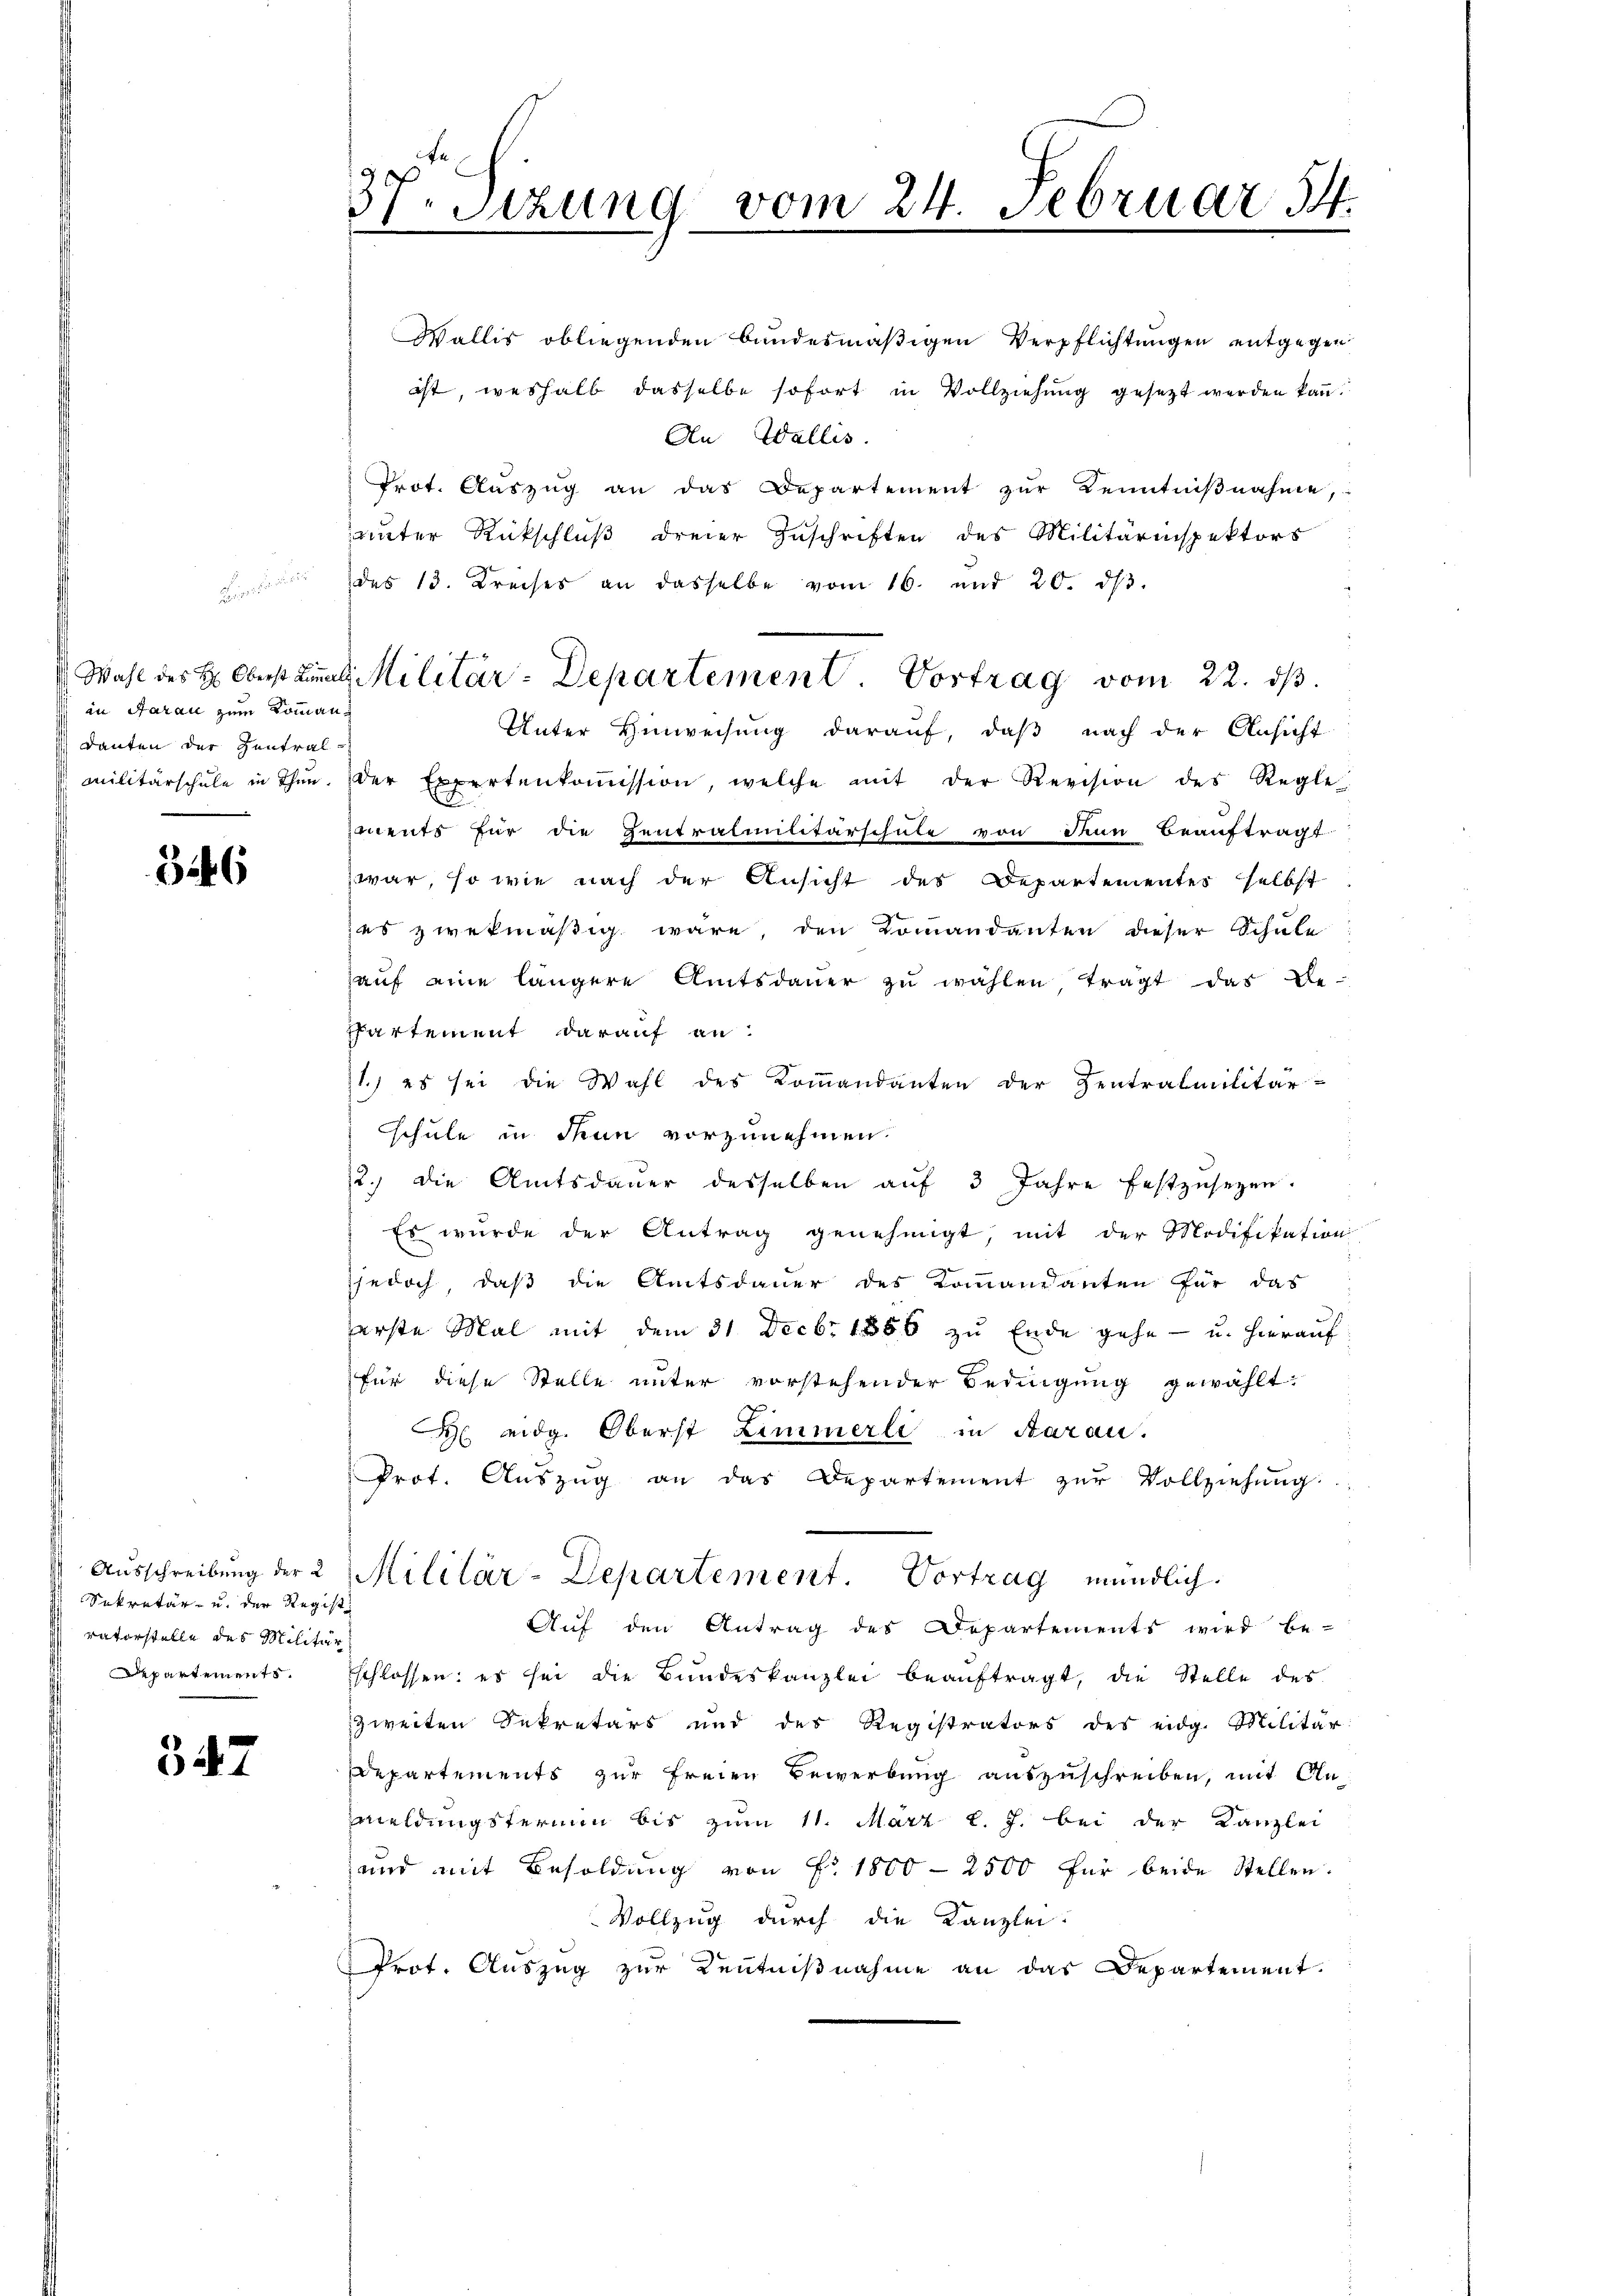
in Aarau zum Kommandanten der Hantral-

346

Sekretär u. der Regist
ratorstelle des Militär
Departements.

347

37. Sitzung vom 24. Februar 14.

Wallis obliegenden bundesmäßigen Verpflichtungen entgegen
ist, weshalb dasselbe sofort in Vollziehung gesetzt werden kann.
An Wallis.
Prot. Aŭszŭg an das Departement zŭr Kenntniβnahme,
unter Rückschluß dreier Zuschriften des Militärinspektors
" des 13. Kreises an dasselbe vom 16. und 20. dβ.
Unter Hinweisung darauf, daß nach der Ansicht
militärschŭle in Thun. der Expertenkoṁission, welche mit der Revision des Regle
iments für die Zentralmilitärschule von Tun beauftragt
war, so wie nach der Ansicht des Departementes selbst
zes zwekmäßig wäre, den Kommandanten dieser Schule
hauf eine längere Amtsdauer zu wählen trägt das Be-
Phartement darauf an
1.) es sei die Wahl des Kommandanten der Zentralmilitär-
schule in denn vorzunehmen.
2. die Amtsdaŭer desselben aŭf 3 Jahre festzŭsezen.
Es wurde der Antrag genehmigt, mit der Modifikation
jjedoch, daß die Amtsdauer des Kommandanten für das
arste Mal mit dem 31. Decbr 1886 zu Ende gehe - u. hierauf
für diese Stelle unter vorstehender Bedingung gewählt:
 eidg. Oberst Zimmerli in Aarau.
Prot. Aŭszŭg an das Departement zŭr Vollziehŭng.
Ausschreibung der 2 Militär-Departement. Vortrag mündlich.
Auf den Antrag des Departements wird be-
schlossen: es sei die Bundeskanzlei beaŭftragt, die Stelle des
zweiten Sekretärs und des Registrators des eidg. Militär
Departements zur freien Bewerbung auszuschreiben, mit Anmeldungstermin bis zum 11. März l. J. bei der Kanzlei
und mit Besoldung von Fr. 1800 - 2500 für beide Stellen.
Vollzug durch die Kanzlei-
Prot. Auszug zur Kenntnißnahme an das Departement.

Wahl des H. Oberst damals Militär-Departement. Vortrag vom 22. ds.